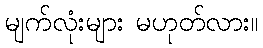
မျက်လုံးများ မဟုတ်လား။